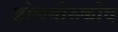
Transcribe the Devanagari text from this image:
डोलगोरुकोव